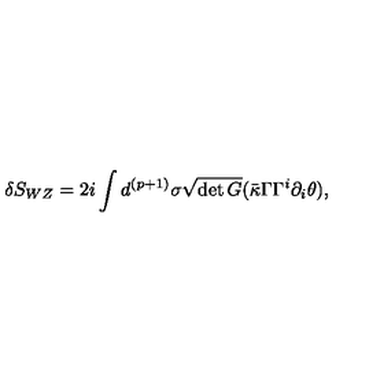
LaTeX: \delta S _ { W Z } = 2 i \int d ^ { ( p + 1 ) } \sigma \sqrt { \det G } ( \bar { \kappa } \Gamma \Gamma ^ { i } \partial _ { i } \theta ) ,